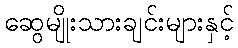
ဆွေမျိုးသားချင်းများနှင့်